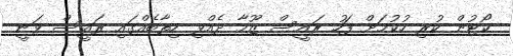
ކޯޓުން ކުރި ހުކުމަށް ފަހު ރައީސް ޒޫމާ ދެއްވި ހިތާބެއްގައި ރައީސް ވަނީ